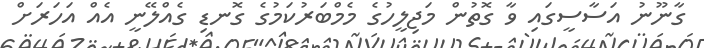
ގާނޫނު އަސާސީގައި ވާ ގޮތުން މަޖިލީހުގެ މެމްބަރުކަމުގެ ގޮނޑި ގެއްލޭނީ އެއް އަހަރަށް